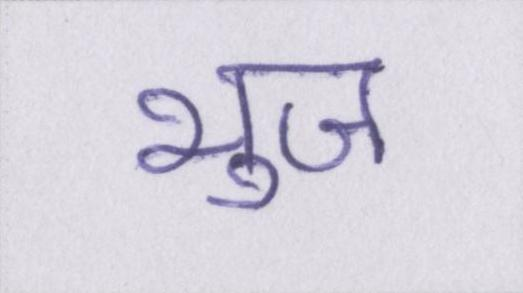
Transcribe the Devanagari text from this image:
भुज